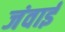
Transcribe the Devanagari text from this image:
जंवाई